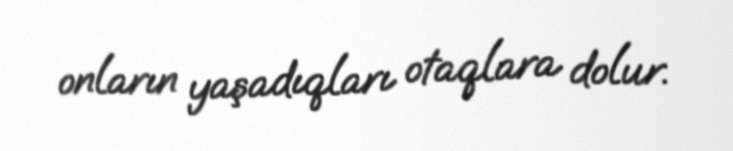
onların yaşadıqları otaqlara dolur.